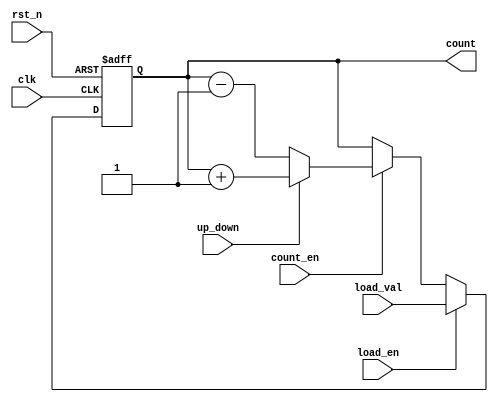
module async_load_counter (
    input wire clk,              // Clock signal
    input wire rst_n,            // Asynchronous reset (active low)
    input wire load_en,          // Load enable signal
    input wire count_en,         // Count enable signal
    input wire up_down,          // Up/Down control signal (1 for up, 0 for down)
    input wire [N-1:0] load_val, // Value to load into the counter
    output reg [N-1:0] count     // Current count value
);
    parameter N = 8; // Width of the counter (number of bits)

    // Asynchronous reset and load logic
    always @(posedge clk or negedge rst_n) begin
        if (!rst_n) begin
            count <= 0; // Reset the counter to 0
        end else if (load_en) begin
            count <= load_val; // Load the new value asynchronously
        end else if (count_en) begin
            if (up_down) begin
                count <= count + 1; // Increment the counter
            end else begin
                count <= count - 1; // Decrement the counter
            end
        end
    end
endmodule